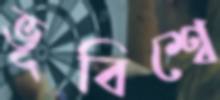
ভূবিশ্বে